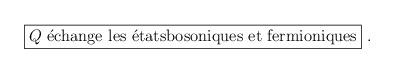
LaTeX: \begin{align*}\fbox{\mbox{$Q$ \'echange les \'etatsbosoniques et fermioniques}}\ .\end{align*}